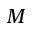
M